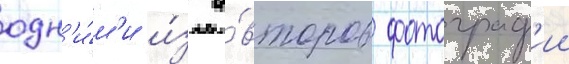
одн'и́м'и и́з а́второв фотограф'ии